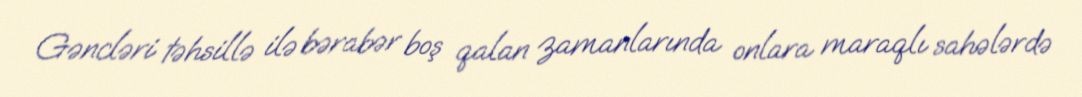
Gəncləri təhsillə ilə bərabər boş qalan zamanlarında onlara maraqlı sahələrdə